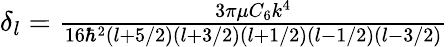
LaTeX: \begin{array}{r}{\delta_{l}=\frac{3\pi\mu C_{6}k^{4}}{16\hbar^{2}(l+5/2)(l+3/2)(l+1/2)(l-1/2)(l-3/2)}}\end{array}